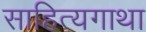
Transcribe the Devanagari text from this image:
साहित्यगाथा